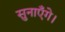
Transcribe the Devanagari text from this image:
सुनाएँगे।